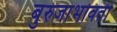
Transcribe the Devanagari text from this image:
बुरुजाभोवती